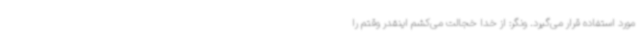
مورد استفاده قرار می‌گیرد. ونگر: از خدا خجالت می‌کشم اینقدر وقتم را